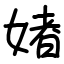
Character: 媎